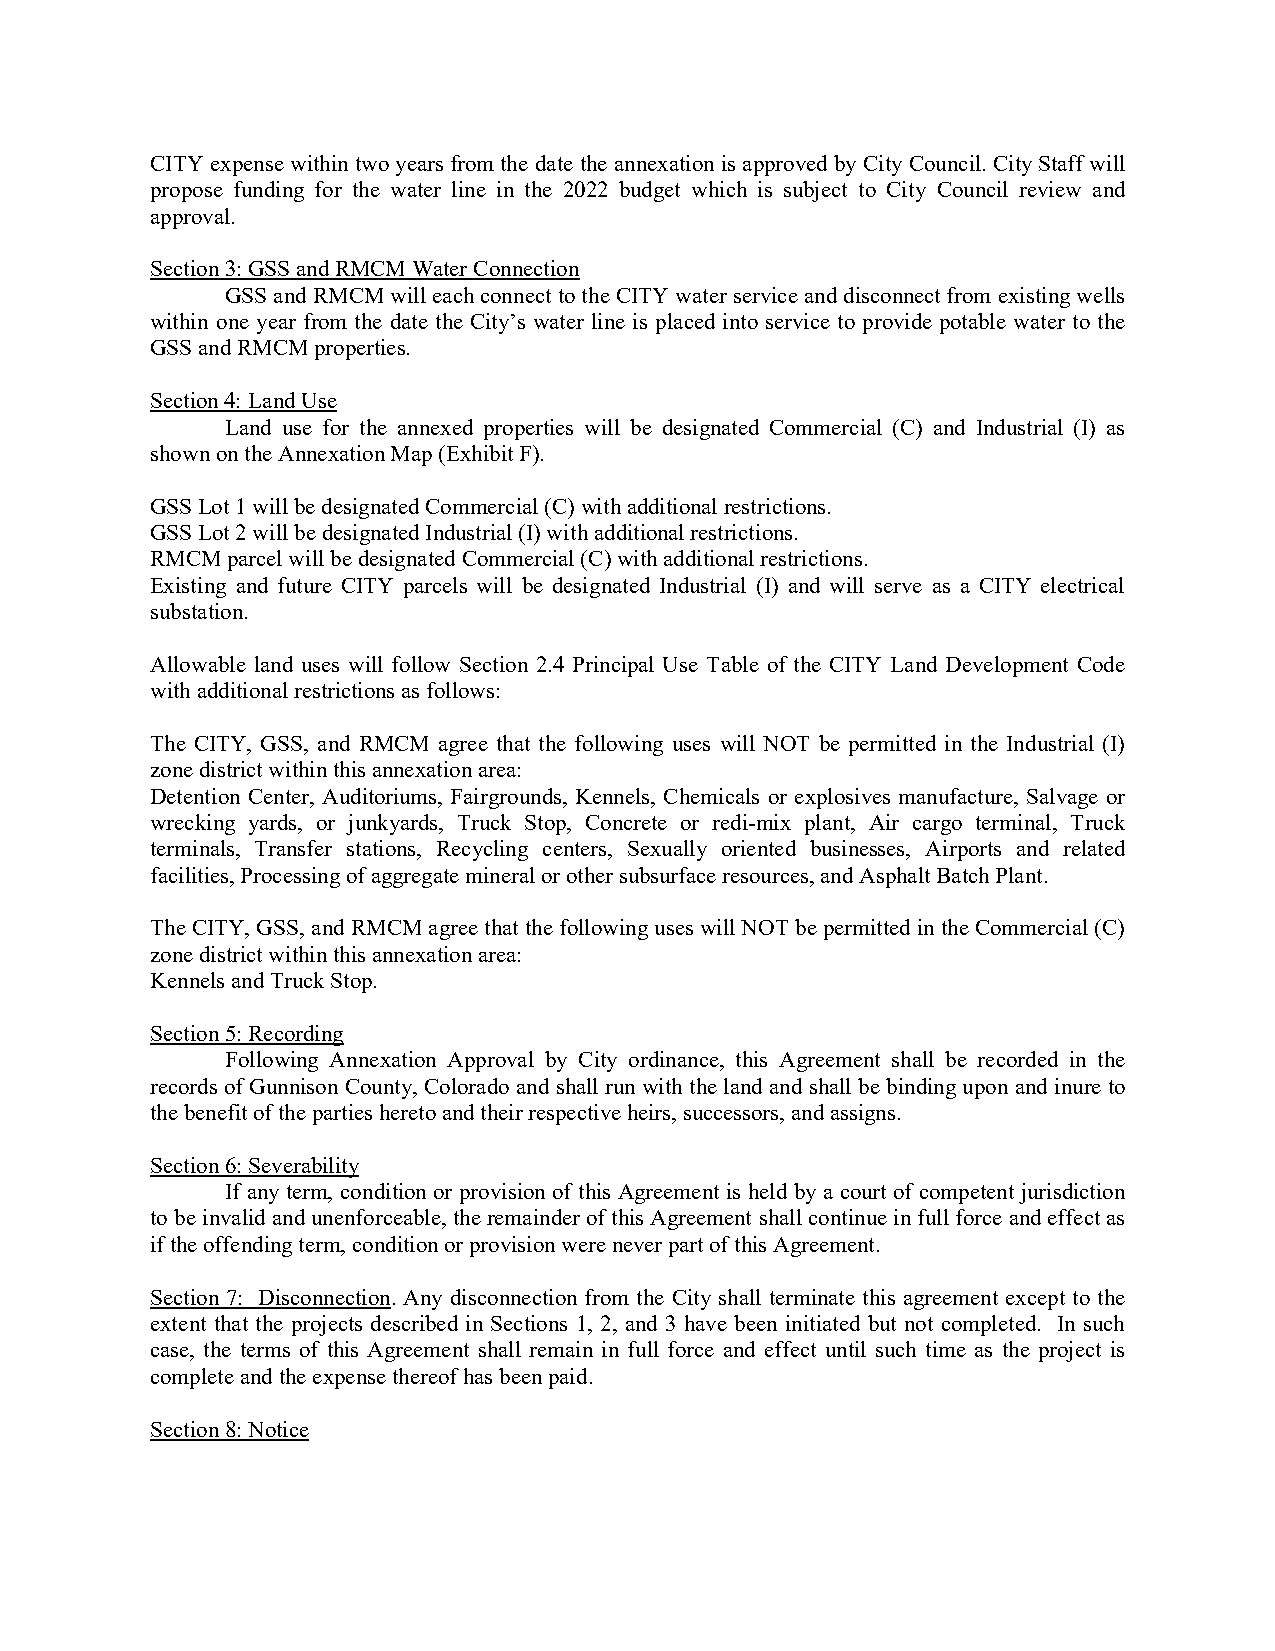
CITY expense within two years from the date the annexation is approved by City Council. City Staff will
 propose funding for the water line in the 2022 budget which is subject to City Council review and
 approval.
 Section 3: GSS and RMCM Water Connection
 GSS and RMCM will each connect to the CITY water service and disconnect from existing wells
 within one year from the date the City’s water line is placed into service to provide potable water to the
 GSS and RMCM properties.
 Section 4: Land Use
 Land use for the annexed properties will be designated Commercial (C) and Industrial (I) as
 shown on the Annexation Map (Exhibit F).
 GSS Lot 1 will be designated Commercial (C) with additional restrictions.
 GSS Lot 2 will be designated Industrial (I) with additional restrictions.
 RMCM parcel will be designated Commercial (C) with additional restrictions.
 Existing and future CITY parcels will be designated Industrial (I) and will serve as a CITY electrical
 substation.
 Allowable land uses will follow Section 2.4 Principal Use Table of the CITY Land Development Code
 with additional restrictions as follows:
 The CITY, GSS, and RMCM agree that the following uses will NOT be permitted in the Industrial (I)
 zone district within this annexation area:
 Detention Center, Auditoriums, Fairgrounds, Kennels, Chemicals or explosives manufacture, Salvage or
 wrecking yards, or junkyards, Truck Stop, Concrete or redi-mix plant, Air cargo terminal, Truck
 terminals, Transfer stations, Recycling centers, Sexually oriented businesses, Airports and related
 facilities, Processing of aggregate mineral or other subsurface resources, and Asphalt Batch Plant.
 The CITY, GSS, and RMCM agree that the following uses will NOT be permitted in the Commercial (C)
 zone district within this annexation area:
 Kennels and Truck Stop.
 Section 5: Recording
 Following Annexation Approval by City ordinance, this Agreement shall be recorded in the
 records of Gunnison County, Colorado and shall run with the land and shall be binding upon and inure to
 the benefit of the parties hereto and their respective heirs, successors, and assigns.
 Section 6: Severability
 If any term, condition or provision of this Agreement is held by a court of competent jurisdiction
 to be invalid and unenforceable, the remainder of this Agreement shall continue in full force and effect as
 if the offending term, condition or provision were never part of this Agreement.
 Section 7: Disconnection. Any disconnection from the City shall terminate this agreement except to the
 extent that the projects described in Sections 1, 2, and 3 have been initiated but not completed. In such
 case, the terms of this Agreement shall remain in full force and effect until such time as the project is
 complete and the expense thereof has been paid.
 Section 8: Notice